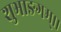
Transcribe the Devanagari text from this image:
शुभाङगम्।।